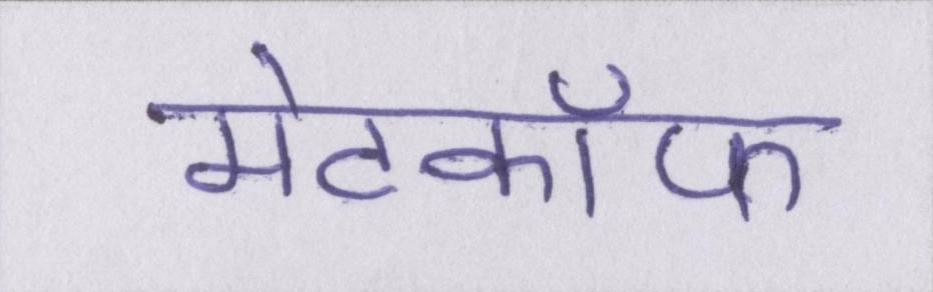
मेटकॉफ